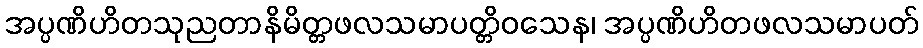
အပ္ပဏိဟိတသုညတာနိမိတ္တဖလသမာပတ္တိဝသေန၊ အပ္ပဏိဟိတဖလသမာပတ်